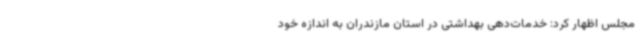
مجلس اظهار کرد: خدمات‌دهی بهداشتی در استان مازندران به اندازه خود